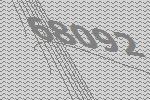
68092